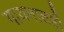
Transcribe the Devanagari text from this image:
गायनातही